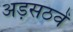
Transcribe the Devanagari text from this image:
अड़सठवें